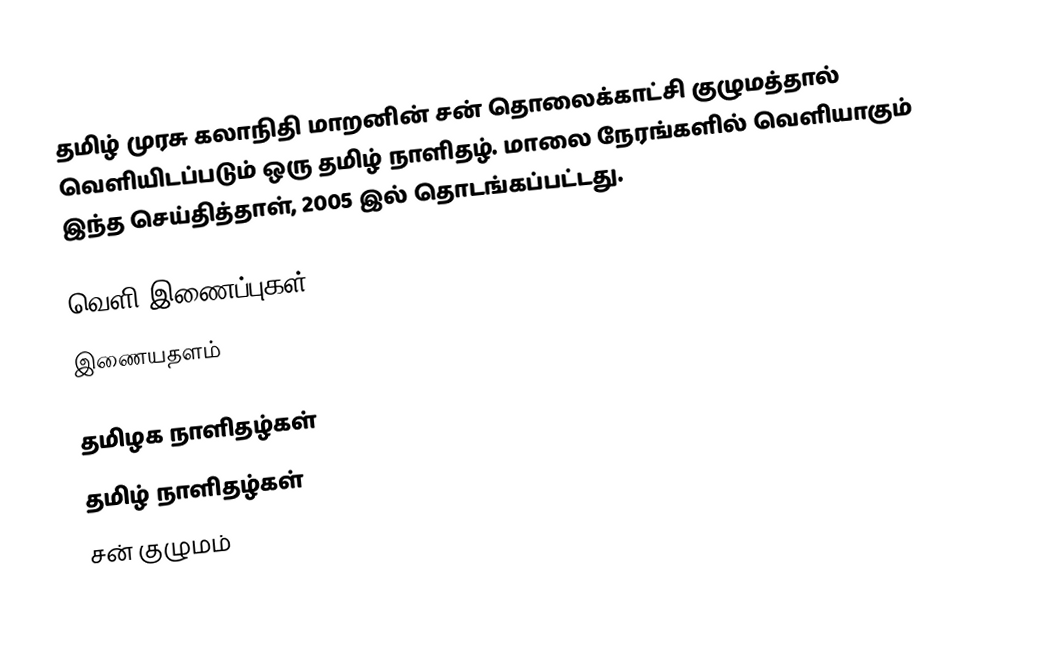
தமிழ் முரசு கலாநிதி மாறனின் சன் தொலைக்காட்சி குழுமத்தால் வெளியிடப்படும் ஒரு தமிழ் நாளிதழ். மாலை நேரங்களில் வெளியாகும் இந்த செய்தித்தாள், 2005 இல் தொடங்கப்பட்டது.

வெளி இணைப்புகள்
இணையதளம்

தமிழக நாளிதழ்கள்
தமிழ் நாளிதழ்கள்
சன் குழுமம்